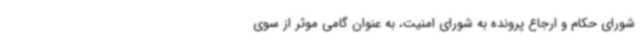
شورای حکام و ارجاع پرونده به شورای امنیت، به عنوان گامی موثر از سوی